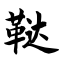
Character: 鞑